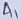
Text: A1